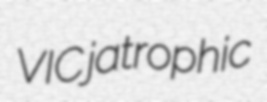
VIC jatrophic